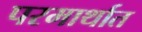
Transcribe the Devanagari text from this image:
परमार्थात